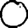
Digit: 0